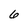
Character: 6